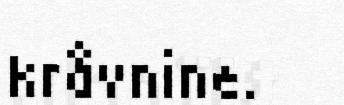
kråvnine.